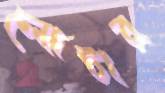
লোটার